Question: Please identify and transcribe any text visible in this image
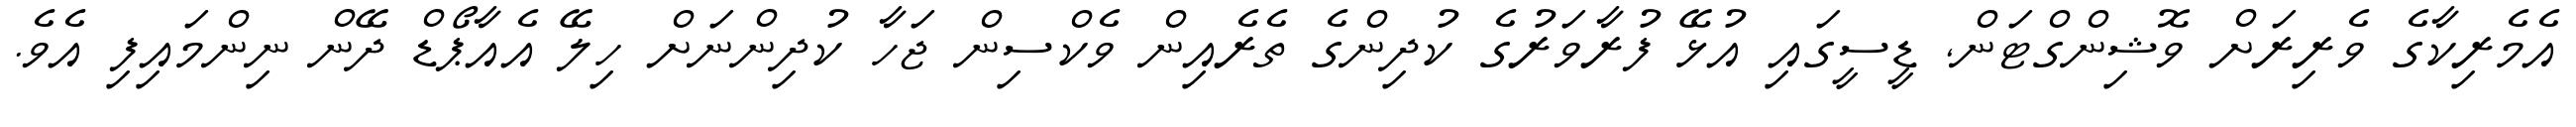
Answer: އެމެރިކާގެ ވެރިރަށް ވޮޝިންގްޓަން, ޑީސީގައި އުޅޭ ފުރާވަރުގެ ކުދިންގެ ތެރެއިން ވެކްސިން ޖަހާ ކުދިންނަށް ހިލޭ އެއާޕޯޑް ދޭން ނިންމައިފި އެވެ.